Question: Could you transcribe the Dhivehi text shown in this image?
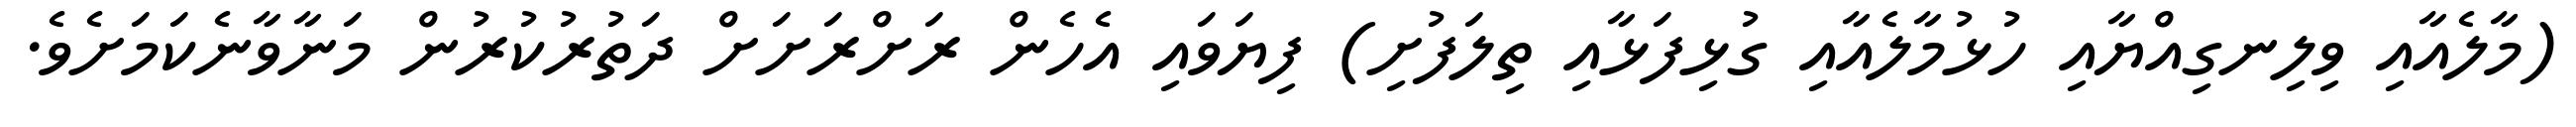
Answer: (މާލެއާއި ވިލިނގިއްޔާއި ހުޅުމާލެއާއި ގުޅިފަޅާއި ތިލަފުށި) ފިޔަވައި އެހެން ރަށްރަށަށް ދަތުރުކުރުން މަނާވާނެކަމަށެވެ.